Civil Veterinary Department. United Provinces 1932-42 - 1932-1942
Year: 1932
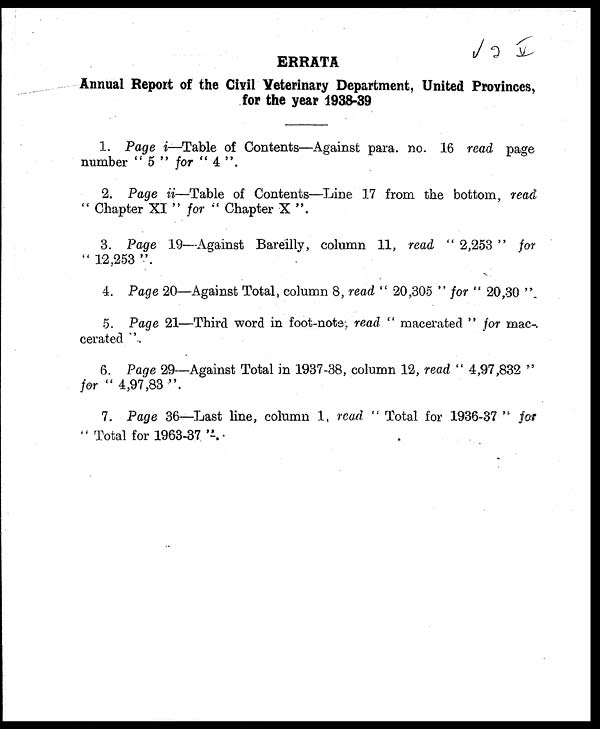
ERRATA
Annual Report of the Civil Veterinary Department, United Provinces,
for the year 1938-39
1. Page i—Table of Contents—Against para. no. 16 read page
number "5" for "4".
2. Page ii—Table of Contents—Line 17 from the bottom, read
"Chapter XI" for "Chapter X".
3. Page 19—Against Bareilly, column 11, read "2,253"
for
"12,253".
4. Page 20—Against Total, column 8, read "20,305" for "20,30".
5. Page 21—Third word in foot-note, read "macerated" for mac-.
cerated".
6. Page 29—Against Total in 1937-38, column 12, read "4,97,832"
for
"4,97,83".
7. Page 36—Last line, column 1, read "Total for 1936-37" for
"Total for 1963-37".